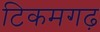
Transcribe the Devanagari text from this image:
टिकमगढ़